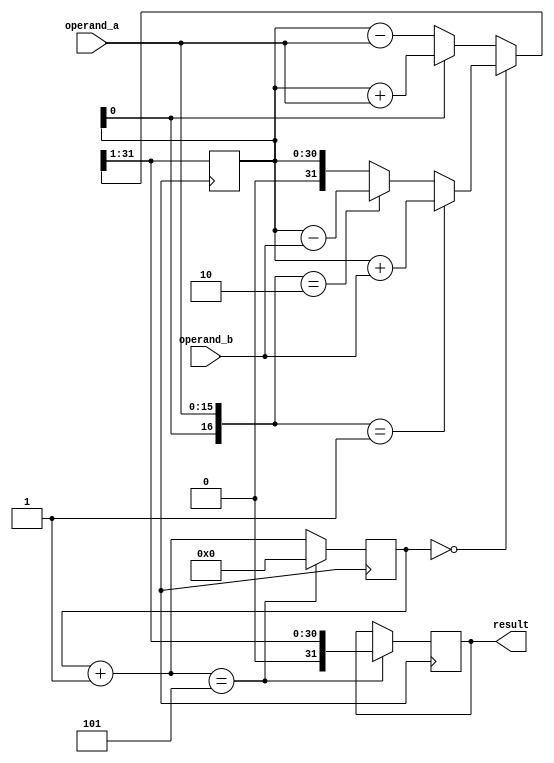
module booth_multiplier(
  input [15:0] operand_a,
  input [15:0] operand_b,
  output reg [31:0] result
);

reg [31:0] partial_product;
reg [4:0] count;
reg [1:0] multiplier_sign;
reg [15:0] operand_a_extended;

initial begin
  result = 0;
  partial_product = 0;
  count = 0;
  multiplier_sign = 0;
  operand_a_extended = {16'b0, operand_a};
end

always @(posedge clk) begin
  case(count)
    0: begin
      if({partial_product[0], operand_a_extended} == 2'b01) begin
        partial_product = partial_product + operand_b;
        multiplier_sign = 1;
      end
      else if({partial_product[0], operand_a_extended} == 2'b10) begin
        partial_product = partial_product - operand_b;
        multiplier_sign = -1;
      end
    end
    default: begin
      if(partial_product[0] == 1) begin
        partial_product = partial_product + operand_a_extended;
      end
      else begin
        partial_product = partial_product - operand_a_extended;
      end
    end
  endcase

  // Shift partial product and count
  partial_product = partial_product >> 1;
  count = count + 1;
  if(count == 5) begin
    result = partial_product;
    count = 0;
    multiplier_sign = 0;
  end
end

endmodule